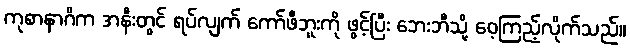
ကုစာနာဂိက အနီးတွင် ရပ်လျက် ကော်ဖီဘူးကို ဖွင့်ပြီး ဘေးဘီသို့ ဝေ့ကြည့်လိုက်သည်။